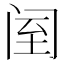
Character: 𨸅